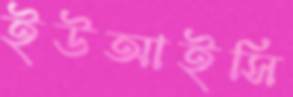
ইউআইসি